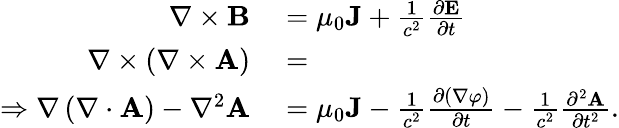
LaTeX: \begin{array}{rl}{\nabla\times\mathbf{B}}&{{}=\mu_{0}\mathbf{J}+{\frac{1}{c^{2}}}{\frac{\partial\mathbf{E}}{\partial t}}}\\ {\nabla\times\left(\nabla\times\mathbf{A}\right)}&{{}=}\\ {\Rightarrow\nabla\left(\nabla\cdot\mathbf{A}\right)-\nabla^{2}\mathbf{A}}&{{}=\mu_{0}\mathbf{J}-{\frac{1}{c^{2}}}{\frac{\partial(\nabla\varphi)}{\partial t}}-{\frac{1}{c^{2}}}{\frac{\partial^{2}\mathbf{A}}{\partial t^{2}}}.}\end{array}